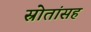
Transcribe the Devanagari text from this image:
स्रोतांसह